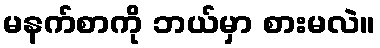
မနက်စာကို ဘယ်မှာ စားမလဲ။